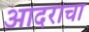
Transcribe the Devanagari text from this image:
आदराचा